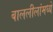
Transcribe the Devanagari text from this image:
बाललीलांमध्ये